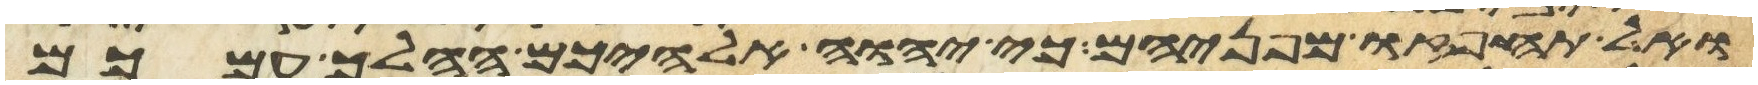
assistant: ואל תחפזו מפניהם כי יהוה אלהיכם ההלך עמכם